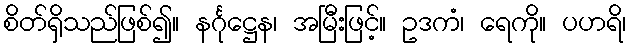
စိတ်ရှိသည်ဖြစ်၍။ နင်္ဂုဋ္ဌေန၊ အမြီးဖြင့်။ ဥဒကံ၊ ရေကို။ ပဟရိ၊